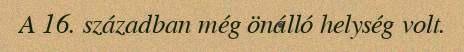
A 16. században még önálló helység volt.